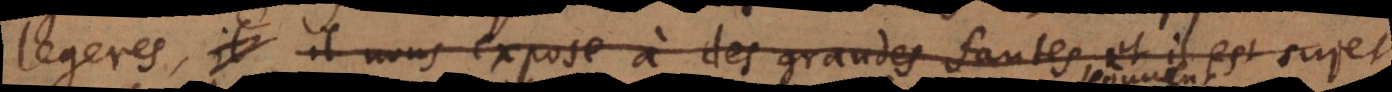
legeres, il nous expose à des grandes fautes, et il est sujet